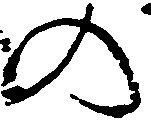
の